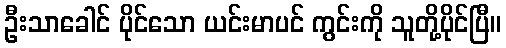
ဦးသာခေါင် ပိုင်သော ယင်းမာပင် ကွင်းကို သူတို့ပိုင်ပြီ။